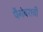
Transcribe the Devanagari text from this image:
पैगंबराची